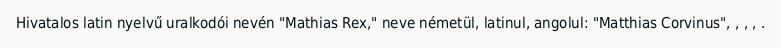
Hivatalos latin nyelvű uralkodói nevén "Mathias Rex," neve németül, latinul, angolul: "Matthias Corvinus", , , , .